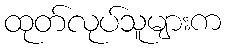
ထုတ်လုပ်သူများက